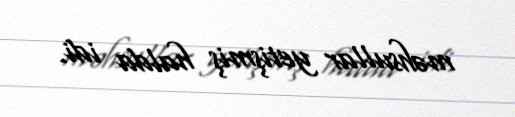
məhsullar yetişmiş halda idi.